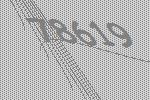
78619